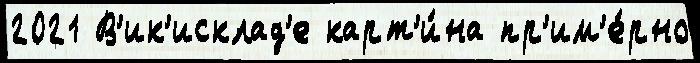
2021 В'ик'исклад'е карт'и́на пр'им'е́рно